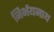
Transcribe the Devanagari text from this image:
निर्भयनाथ